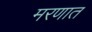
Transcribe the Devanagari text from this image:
मरणात